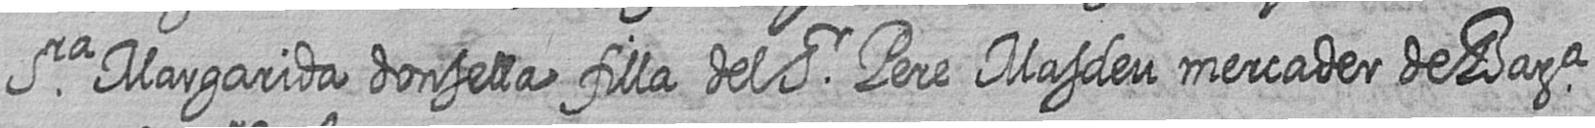
Sra Margarida donsella filla del Sr Pere Masdeu mercader de Bara